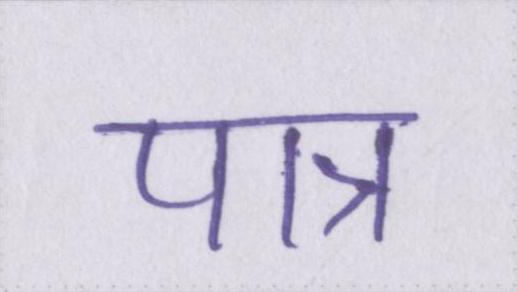
पात्र